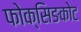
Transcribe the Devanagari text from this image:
फोक्सिङकोट